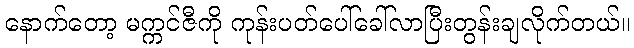
နောက်တော့ မက္ကင်ဇီကို ကုန်းပတ်ပေါ်ခေါ်လာပြီးတွန်းချလိုက်တယ်။